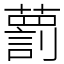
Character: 藅